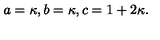
a = \kappa , b = \kappa , c = 1 + 2 \kappa .